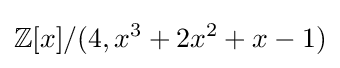
\mathbb {Z} [x]/(4,x^{3}+2x^{2}+x-1)